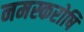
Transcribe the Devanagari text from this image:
नमस्करोषि